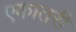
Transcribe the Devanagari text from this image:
एकातरी